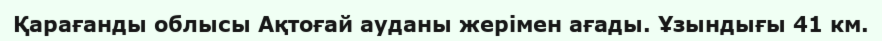
Қарағанды облысы Ақтоғай ауданы жерімен ағады. Ұзындығы 41 км.